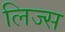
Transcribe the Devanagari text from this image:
लिज्स